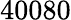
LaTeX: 40080